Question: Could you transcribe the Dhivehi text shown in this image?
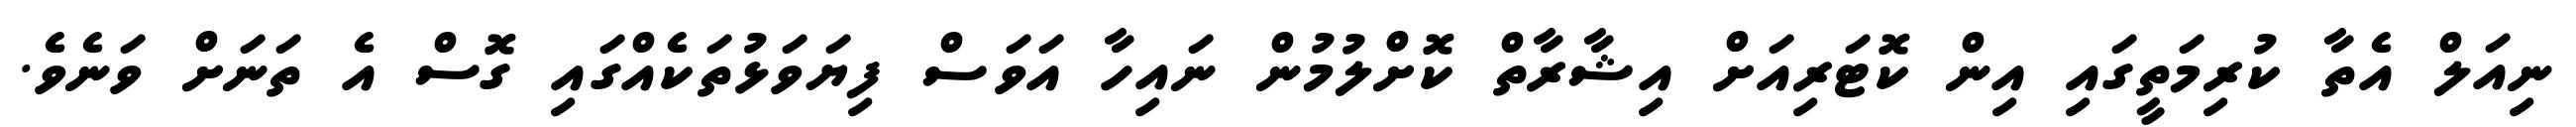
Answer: ނިއަލް އެތާ ކުރިމަތީގައި އިން ކޮޓަރިއަށް އިޝާރާތް ކޮށްލުމުން ނައިހާ އަވަސް ފިޔަވަޅުތަކެއްގައި ގޮސް އެ ތަނަށް ވަނެވެ.